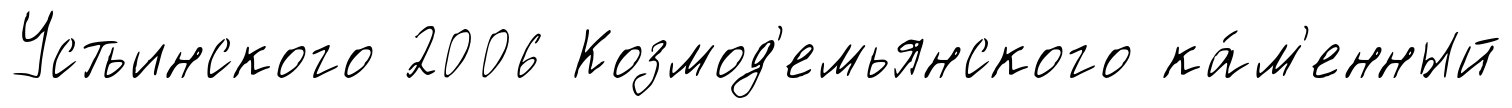
Устьинского 2006 Козмод'емьянского ка́м'енный